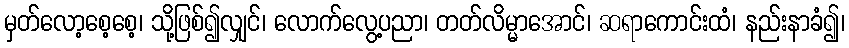
မှတ်လော့စေ့စေ့၊ သို့ဖြစ်၍လျှင်၊ လောက်လွေ့ပညာ၊ တတ်လိမ္မာအောင်၊ ဆရာကောင်းထံ၊ နည်းနာခံ၍၊